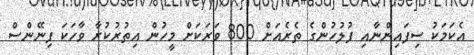
އެކަމަކު ސިފައިންނާއި ފުލުހުންގެ ތެރެއަށް 800 ވަރަކަށް މީހުން އިތުރުކުރާ ވާހަކަ ފިނޭންސް